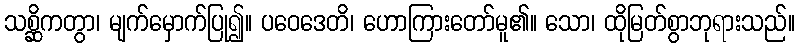
သစ္ဆိကတွာ၊ မျက်မှောက်ပြု၍။ ပဝေဒေတိ၊ ဟောကြားတော်မူ၏။ သော၊ ထိုမြတ်စွာဘုရားသည်။